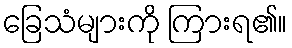
ခြေသံများကို ကြားရ၏။